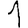
Digit: 1